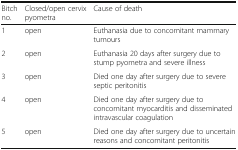
| Bitch no. | Closed/open cervix pyometra | Cause of death |
 | --- | --- | --- |
 | 1 | open | Euthanasia due to concomitant mammary tumours |
 | 2 | open | Euthanasia 20 days after surgery due to stump pyometra and severe illness |
 | 3 | open | Died one day after surgery due to severe septic peritonitis |
 | 4 | open | Died one day after surgery due to concomitant myocarditis and disseminated intravascular coagulation |
 | 5 | open | Died one day after surgery due to uncertain reasons and concomitant peritonitis |